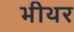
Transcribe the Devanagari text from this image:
भीथर